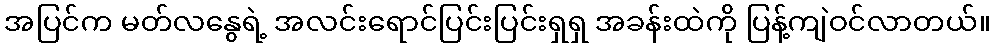
အပြင်က မတ်လနွေရဲ့ အလင်းရောင်ပြင်းပြင်းရှရှ အခန်းထဲကို ပြန့်ကျဲဝင်လာတယ်။